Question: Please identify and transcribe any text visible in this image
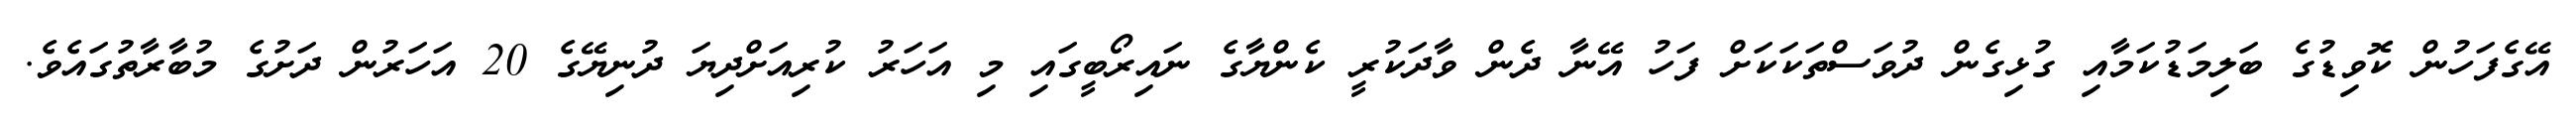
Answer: އޭގެފަހުން ކޮވިޑުގެ ބަލިމަޑުކަމާއި ގުޅިގެން ދުވަސްތަކަކަށް ފަހު އޭނާ ދެން ވާދަކުރީ ކެންޔާގެ ނައިރޯބީގައި މި އަހަރު ކުރިއަށްދިޔަ ދުނިޔޭގެ 20 އަހަރުން ދަށުގެ މުބާރާތުގައެވެ.